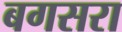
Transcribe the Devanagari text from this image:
बगसरा